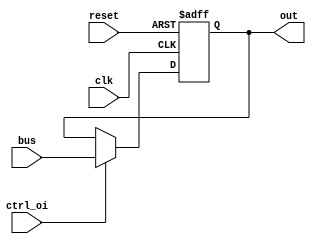
module outr(
	input clk,
	input reset,
	input ctrl_oi,
	input [7:0] bus,
	output reg [7:0] out = 0);
	
always @(posedge clk or posedge reset) begin
	if (reset)
		out <= 0;
	else if (ctrl_oi)
		out <= bus;
end

endmodule